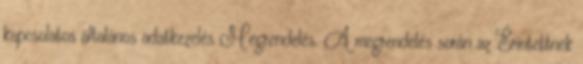
kapcsolatos általános adatkezelés Megrendelés. A megrendelés során az Érintettnek